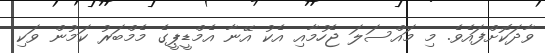
ވާދަކޮށްފައެވެ. މި މައްސަލަ ޖެހުމާއި އެކު އޭނާ އެމްޑީޕީގެ މެމްބަރު ކަމުން ވަކި